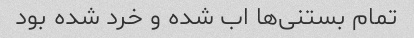
تمام بستنی‌ها اب شده و خرد شده بود